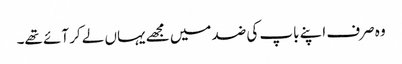
وہ صرف اپنے باپ کی ضد میں مجھے یہاں لے کر آئے تھے۔